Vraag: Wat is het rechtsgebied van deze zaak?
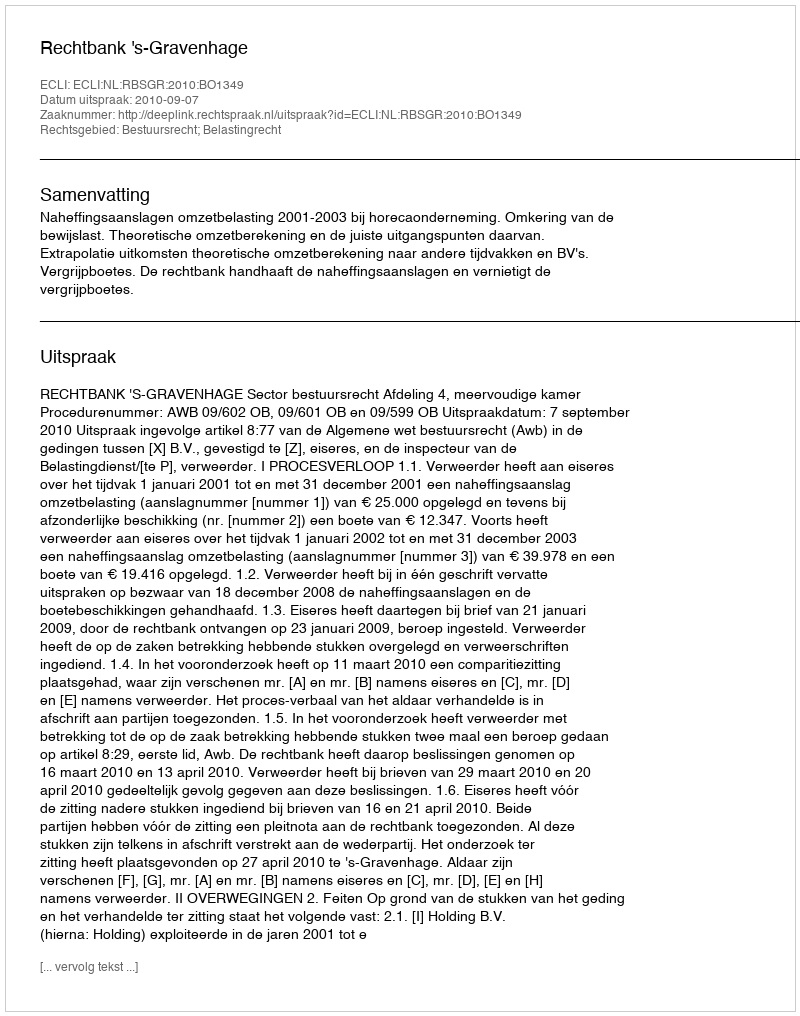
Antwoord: Bestuursrecht; Belastingrecht